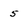
Character: 5